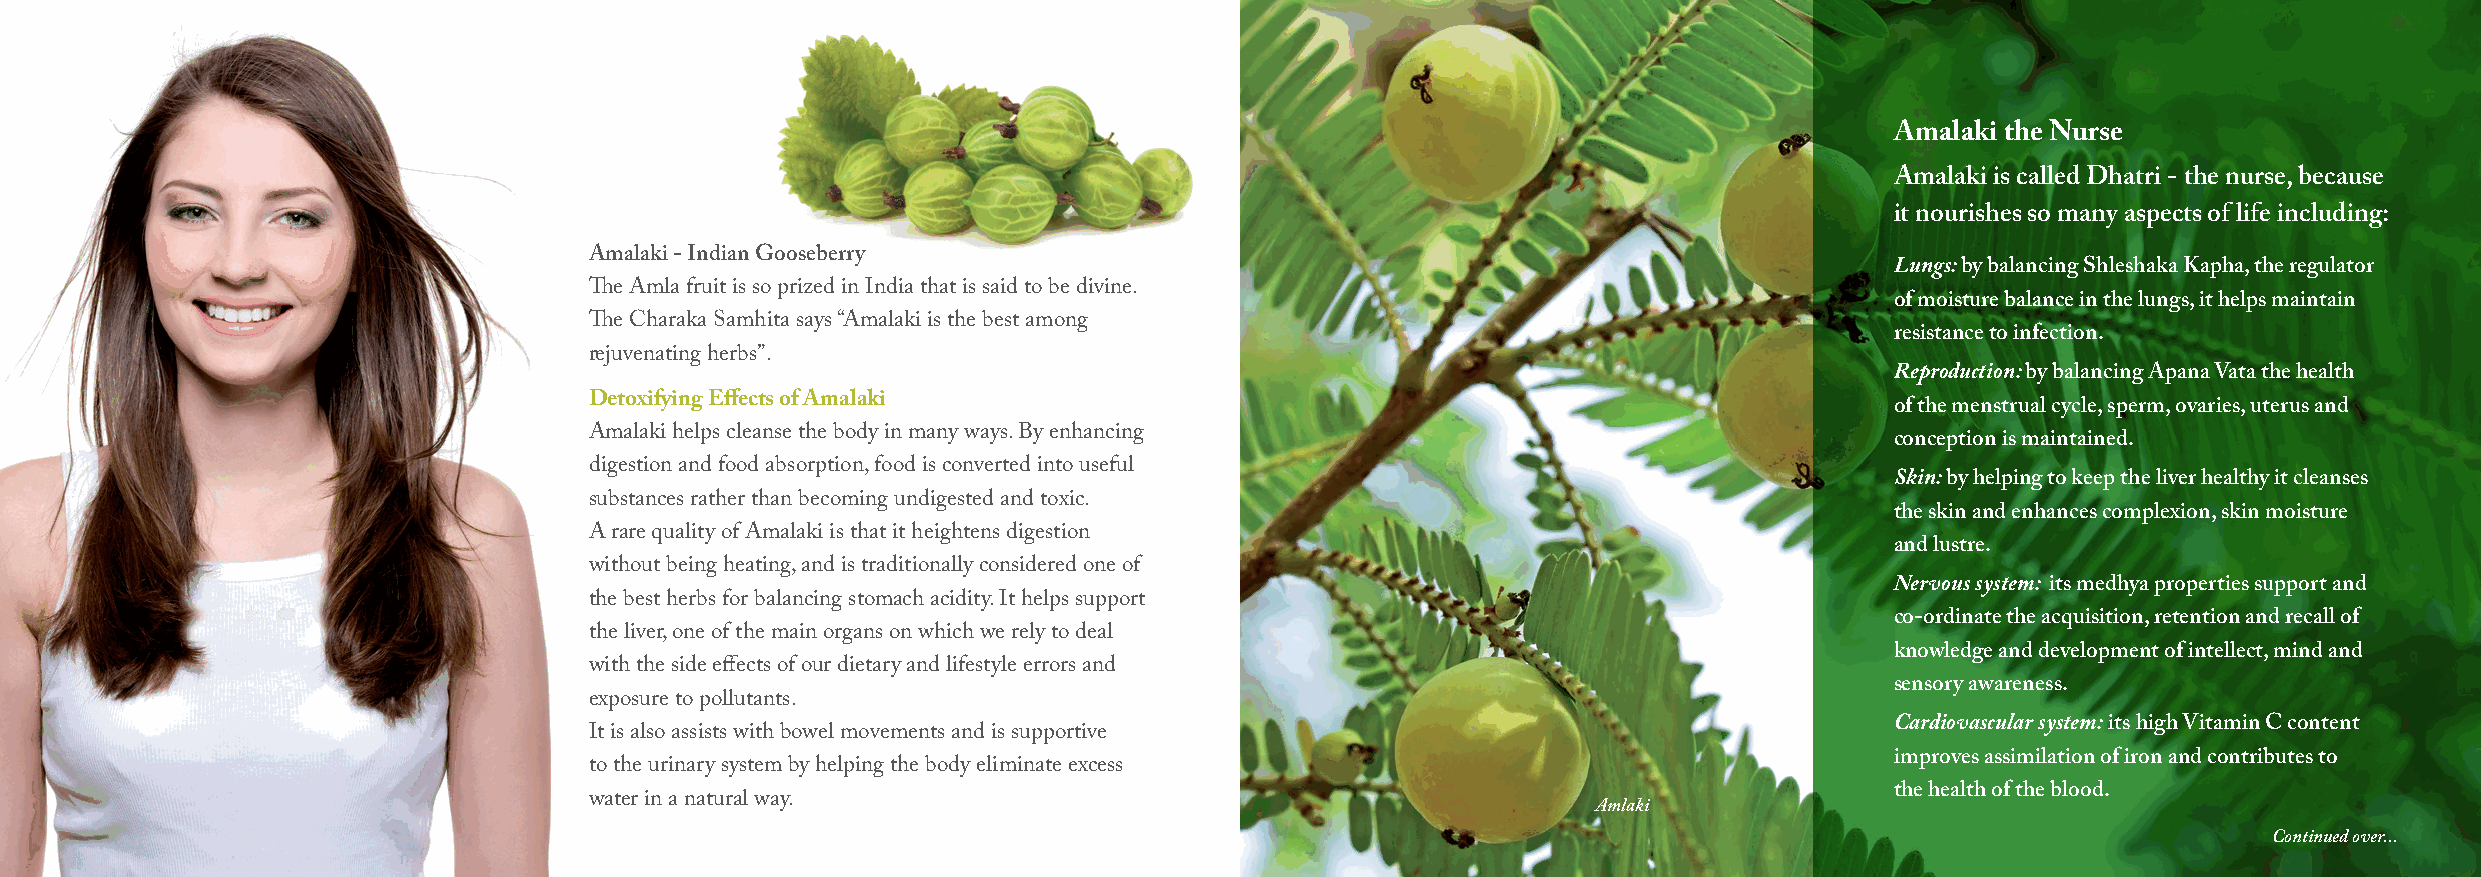
Amalaki the Nurse
 Amalaki is called Dhatri - the nurse, because
 it nourishes so many aspects of life including:
 Amalaki - Indian Gooseberry
 Lungs: by balancing Shleshaka Kapha, the regulator
 The Amla fruit is so prized in India that is said to be divine.
 of moisture balance in the lungs, it helps maintain
 The Charaka Samhita says “Amalaki is the best among
 resistance to infection.
 rejuvenating herbs”.
 Reproduction: by balancing Apana Vata the health
 Detoxifying Effects of Amalaki
 of the menstrual cycle, sperm, ovaries, uterus and
 Amalaki helps cleanse the body in many ways. By enhancing
 conception is maintained.
 digestion and food absorption, food is converted into useful
 Skin: by helping to keep the liver healthy it cleanses
 substances rather than becoming undigested and toxic.
 the skin and enhances complexion, skin moisture
 A rare quality of Amalaki is that it heightens digestion
 and lustre.
 without being heating, and is traditionally considered one of
 Nervous system: its medhya properties support and
 the best herbs for balancing stomach acidity. It helps support
 co-ordinate the acquisition, retention and recall of
 the liver, one of the main organs on which we rely to deal
 knowledge and development of intellect, mind and
 with the side effects of our dietary and lifestyle errors and
 sensory awareness.
 exposure to pollutants.
 Cardiovascular system: its high Vitamin C content
 It is also assists with bowel movements and is supportive
 improves assimilation of iron and contributes to
 to the urinary system by helping the body eliminate excess
 the health of the blood.
 water in a natural way.
 Amlaki
 Continued over...